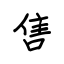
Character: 售